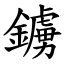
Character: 鐪